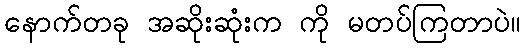
နောက်တခု အဆိုးဆုံးက ကို မတပ်ကြတာပဲ။